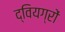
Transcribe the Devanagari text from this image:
द्वियग्रों